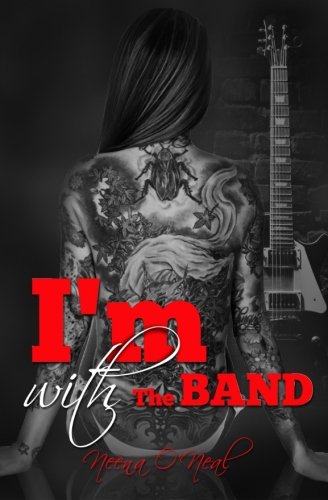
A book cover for I'm With The Band; Neena O'Neal; Romance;